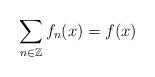
LaTeX: \begin{align*} \sum_{n \in \mathbb{Z}} f_n (x) =f(x) \end{align*}